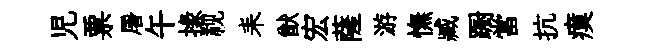
児票屠午掾视耒猷宏薩游憮臧蹰當抗瘼